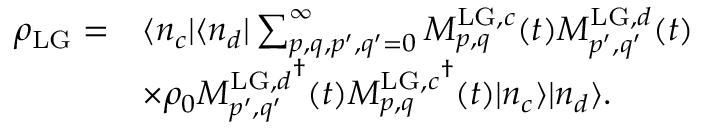
\begin{array} { r l } { \rho _ { \mathrm { L G } } = } & { \langle n _ { c } | \langle n _ { d } | \sum _ { p , q , p ^ { \prime } , q ^ { \prime } = 0 } ^ { \infty } M _ { p , q } ^ { \mathrm { L G } , c } ( t ) M _ { p ^ { \prime } , q ^ { \prime } } ^ { \mathrm { L G } , d } ( t ) } \\ & { \times \rho _ { 0 } { M _ { p ^ { \prime } , q ^ { \prime } } ^ { \mathrm { L G } , d } } ^ { \dagger } ( t ) { M _ { p , q } ^ { \mathrm { L G } , c } } ^ { \dagger } ( t ) | n _ { c } \rangle | n _ { d } \rangle . } \end{array}